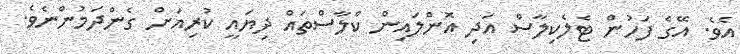
އެވެ. އޭގެ ފަހުން ޓެލެކިލާސް އަދި އޮންލައިން ކްލާސްތައް ދިޔައީ ކުރިއަށް ގެންދަމުންނެވެ.